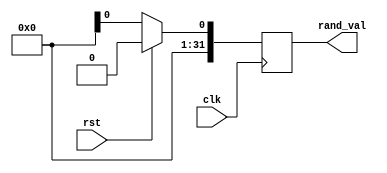
`timescale 1ns/1ns

module rand_gen(rand_val, clk, rst);

    parameter DATAWIDTH = 32;

    input clk;
    input rst;

    output reg signed [DATAWIDTH-1:0] rand_val;

    always @(posedge clk) begin
        if (rst == 1)
            rand_val <= 0;
        else
            rand_val <= $random;
    end

endmodule